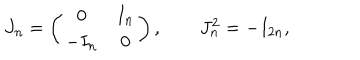
LaTeX: J _ { n } = \left( \begin{array} { c c } { { 0 } } & { { I _ { n } } } \\ { { - I _ { n } } } & { { 0 } } \\ \end{array} \right) , \qquad J _ { n } ^ { 2 } = - I _ { 2 n } ,